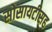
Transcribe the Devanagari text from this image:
सोसायटीसह